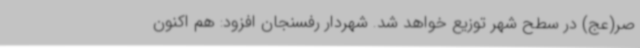
صر(عج) در سطح شهر توزیع خواهد شد. شهردار رفسنجان افزود: هم اکنون